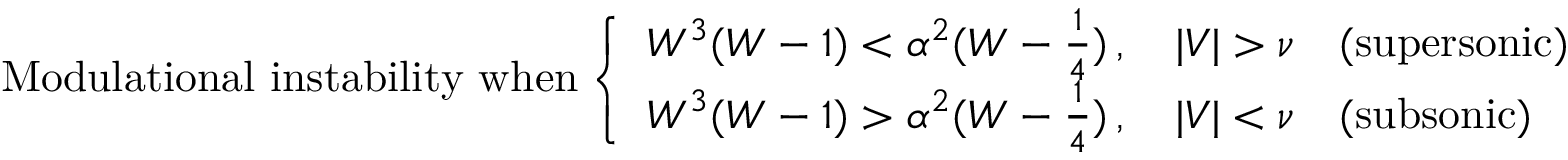
\mathrm { M o d u l a t i o n a l ~ i n s t a b i l i t y ~ w h e n } \left\{ \begin{array} { l l } { W ^ { 3 } ( W - 1 ) < \alpha ^ { 2 } ( W - \frac { 1 } { 4 } ) \, , \quad | V | > \nu \quad ( \mathrm { s u p e r s o n i c } ) } \\ { W ^ { 3 } ( W - 1 ) > \alpha ^ { 2 } ( W - \frac { 1 } { 4 } ) \, , \quad | V | < \nu \quad ( \mathrm { s u b s o n i c } ) } \end{array} \right.